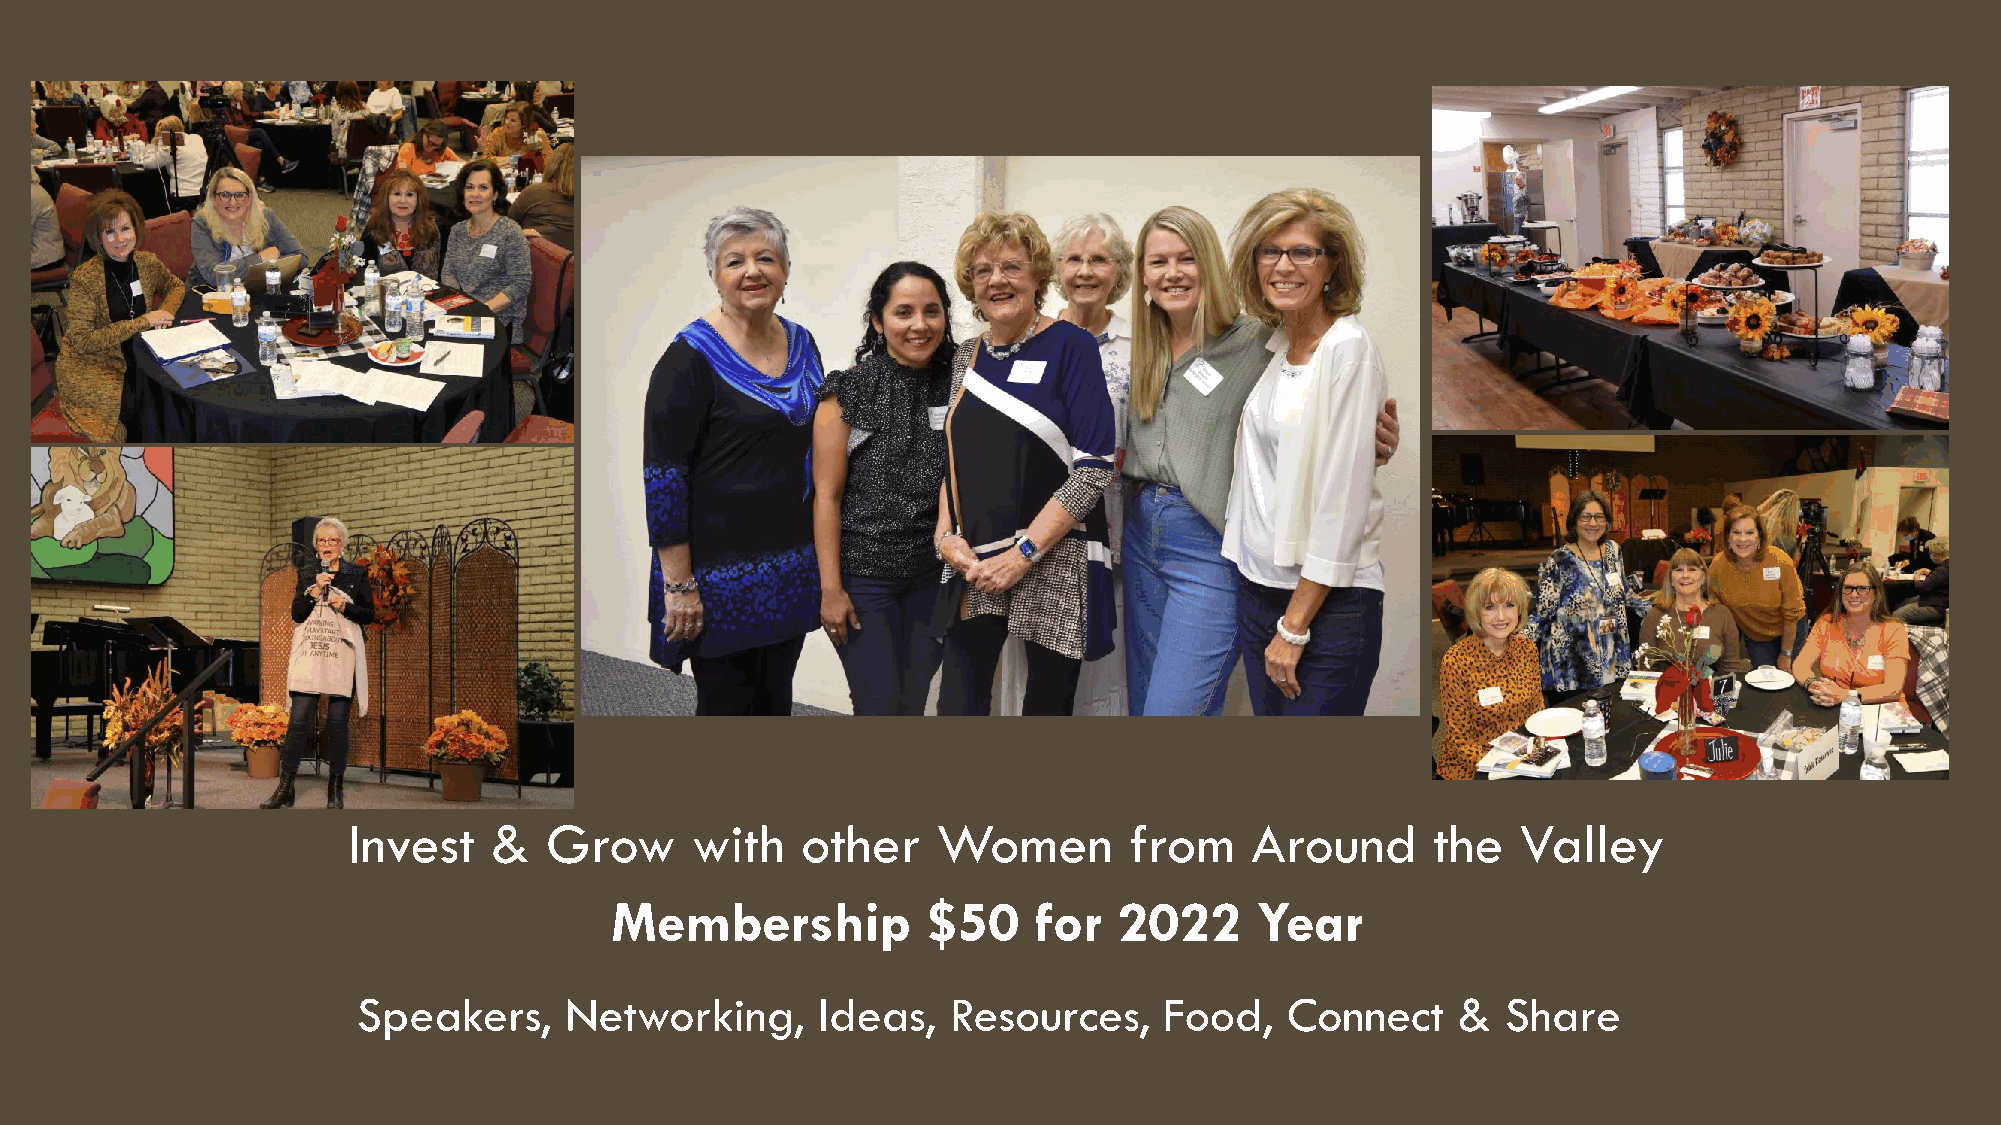
Invest   &   Grow      with   other    Women        from    Around      the   Valley
 Membership           $50    for   2022     Year
 Speakers,    Networking,      Ideas,   Resources,    Food,   Connect    &   Share